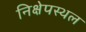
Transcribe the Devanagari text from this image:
निक्षेपस्थल